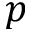
p